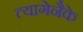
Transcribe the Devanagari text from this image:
त्यागेनैके